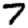
Digit: 7